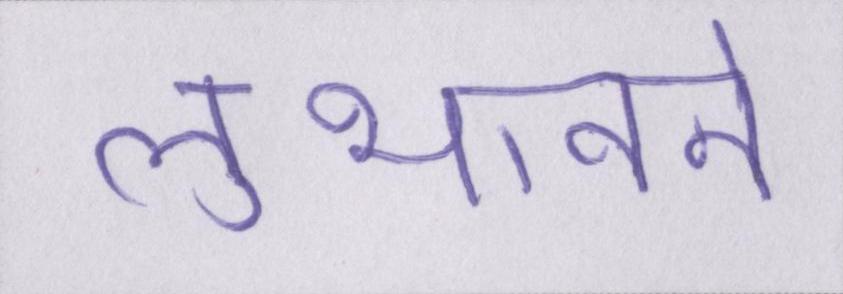
लुभावने